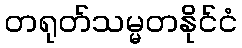
တရုတ်သမ္မတနိုင်ငံ